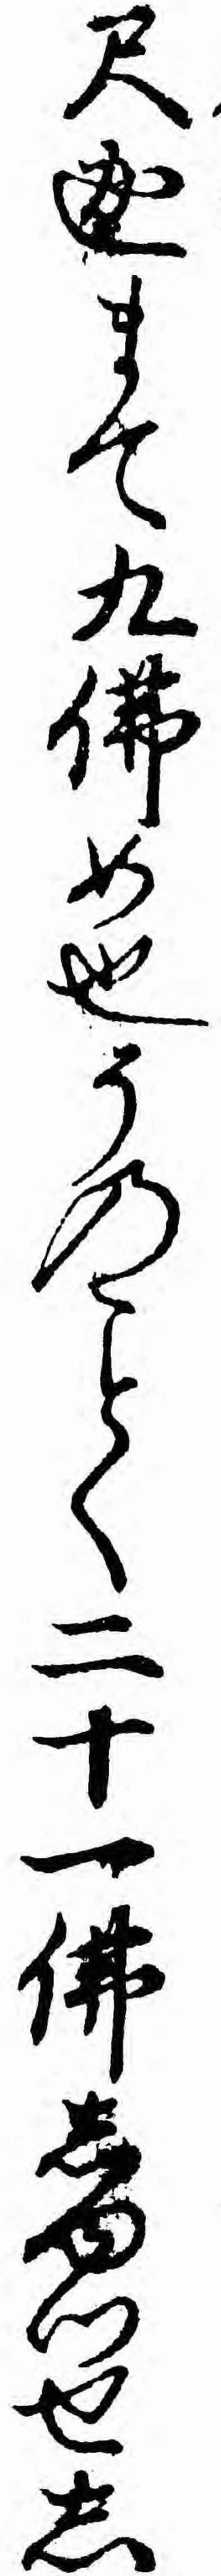
尺迦まて九仏め也そのく二十一仏しゆつせし